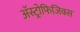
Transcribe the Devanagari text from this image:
अॅस्ट्रोफिजिक्स